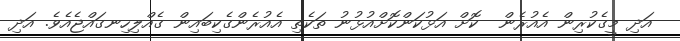
އަދި މީގެކުރިން އެއުރެން  ކޮށް އަޅުކަންކޮށްއުޅުނު ތަކެތި އެއުރެންގެކިބައިން ގެއްލިހިނގައްޖެއެވެ. އަދި